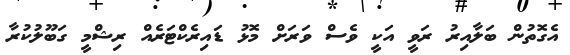
އެގޮތުން ބަލާއިރު ރަވީ އަކީ ވެސް ވަރަށް މޮޅު ޑައިރެކްޓަރެއް ރިޝްމީ ގަބޫލުކުރާ